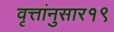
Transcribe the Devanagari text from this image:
वृत्तांनुसार१९